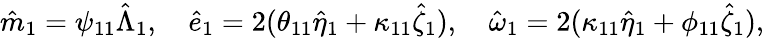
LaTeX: \begin{array}{r}{\hat{m}_{1}=\psi_{11}\hat{\Lambda}_{1},\quad\hat{e}_{1}=2(\theta_{11}\hat{\eta}_{1}+\kappa_{11}\hat{\zeta}_{1}),\quad\hat{\omega}_{1}=2(\kappa_{11}\hat{\eta}_{1}+\phi_{11}\hat{\zeta}_{1}),}\end{array}